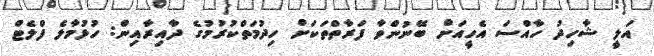
އަލީ ޝާހިދު ހާއްސަ އެހީއަށް ބޭނުންވާ ފަރާތްތަކަށް ހިދުމަތްކުރުމުގެ ދާއިރާއިން: ހުޅުމާލެ ފްލެޓް